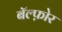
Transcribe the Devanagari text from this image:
बॅल्फ़ोर